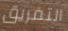
التفريق